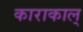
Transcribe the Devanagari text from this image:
काराकाल्